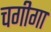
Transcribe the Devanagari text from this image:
चगीगा